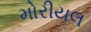
મોરીયલ